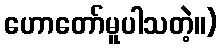
ဟောတော်မူပါသတဲ့။)